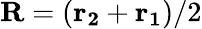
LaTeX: \mathbf{R}=(\mathbf{r_{2}}+\mathbf{r_{1}})/2